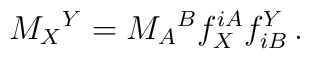
M_X{}^Y=M_A{}^B f_X^{iA}f^Y_{iB}\,.